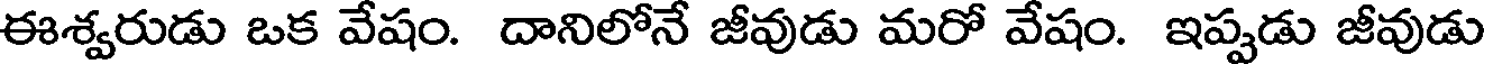
ఈశ్వరుడు ఒక వేషం. దానిలోనే జీవుడు మరో వేషం. ఇప్పడు జీవుడు